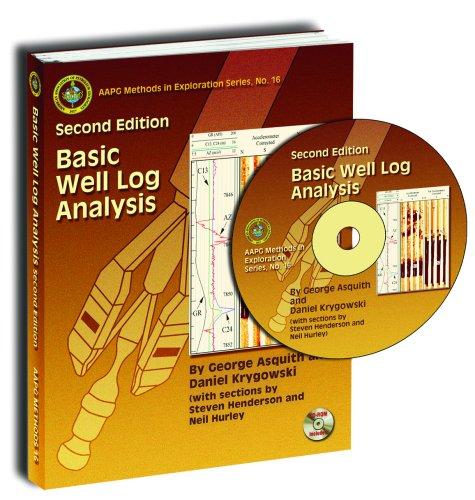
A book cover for Basic Well Log Analysis, 2nd Edition; Daniel Krygowski; Science & Math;